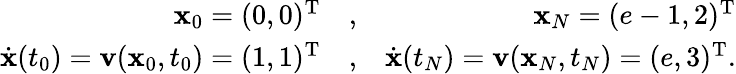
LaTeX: \begin{array}{rlr}{{\mathbf x}_{0}=(0,0)^{{\mathrm T}}}&{,}&{{\mathbf x}_{N}=(e-1,2)^{{\mathrm T}}}\\ {\dot{{\mathbf x}}(t_{0})={\mathbf v}({\mathbf x}_{0},t_{0})=(1,1)^{{\mathrm T}}}&{,}&{\dot{{\mathbf x}}(t_{N})={\mathbf v}({\mathbf x}_{N},t_{N})=(e,3)^{{\mathrm T}}.}\end{array}